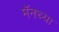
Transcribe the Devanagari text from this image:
मॅनच्या